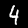
Digit: 4